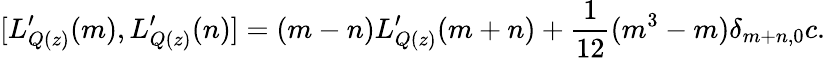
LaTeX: [L_{Q(z)}^{\prime}(m),L_{Q(z)}^{\prime}(n)]=(m-n)L_{Q(z)}^{\prime}(m+n)+{\displaystyle\frac{1}{12}}(m^{3}-m)\delta_{m+n,0}c.